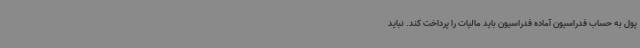
پول به حساب فدراسیون آماده فدراسیون باید مالیات را پرداخت کند. نباید